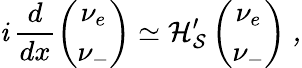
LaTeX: \mathit{i}\, \frac{{d}}{{dx}}\left(\begin{array}{c}{{\nu_{e}}}\\ {{\nu_{-}}}\end{array}\right)\simeq\cal{H}_{S}^{\prime}\left(\begin{array}{c}{{\nu_{e}}}\\ {{\nu_{-}}}\end{array}\right)\ ,